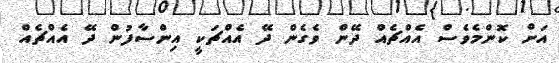
އަށް ކޮންމެވެސް އެއްޗެއް ދޭން ވެގެން ދޭ އެއްޗަކީ އިންސާފުން ދޭ އެއްޗެއް